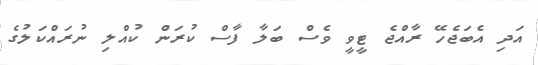
އަދި އެބަޖެހޭ ރާއްޖެ ޓީވީ ވެސް ބަލާ ފާސް ކުރަން ކުއްލި ނުރައްކަލުގެ